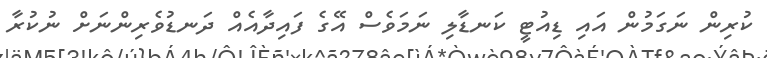
ކުރިން ނަގަމުން އައި ޑިއުޓީ ކަނޑާލި ނަމަވެސް އޭގެ ފައިދާއެއް ދަނޑުވެރިންނަށް ނުކުރާ